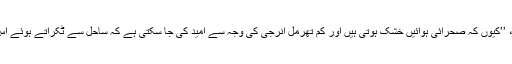
ڈبلیو ایم او کی ترجمان کے مطابق، ’’کیوں کہ صحرائی ہوائیں خشک ہوتی ہیں اور کم تھرمل انرجی کی وجہ سے امید کی جا سکتی ہے کہ ساحل سے ٹکراتے ہوئے اس طوفان کی شدت کم ہو جائے گی۔